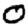
Digit: 0